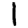
Digit: 1